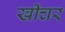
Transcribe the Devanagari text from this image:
खीचर